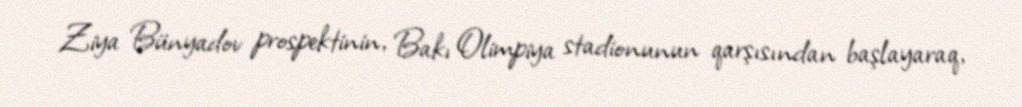
Ziya Bünyadov prospektinin, Bakı Olimpiya stadionunun qarşısından başlayaraq,